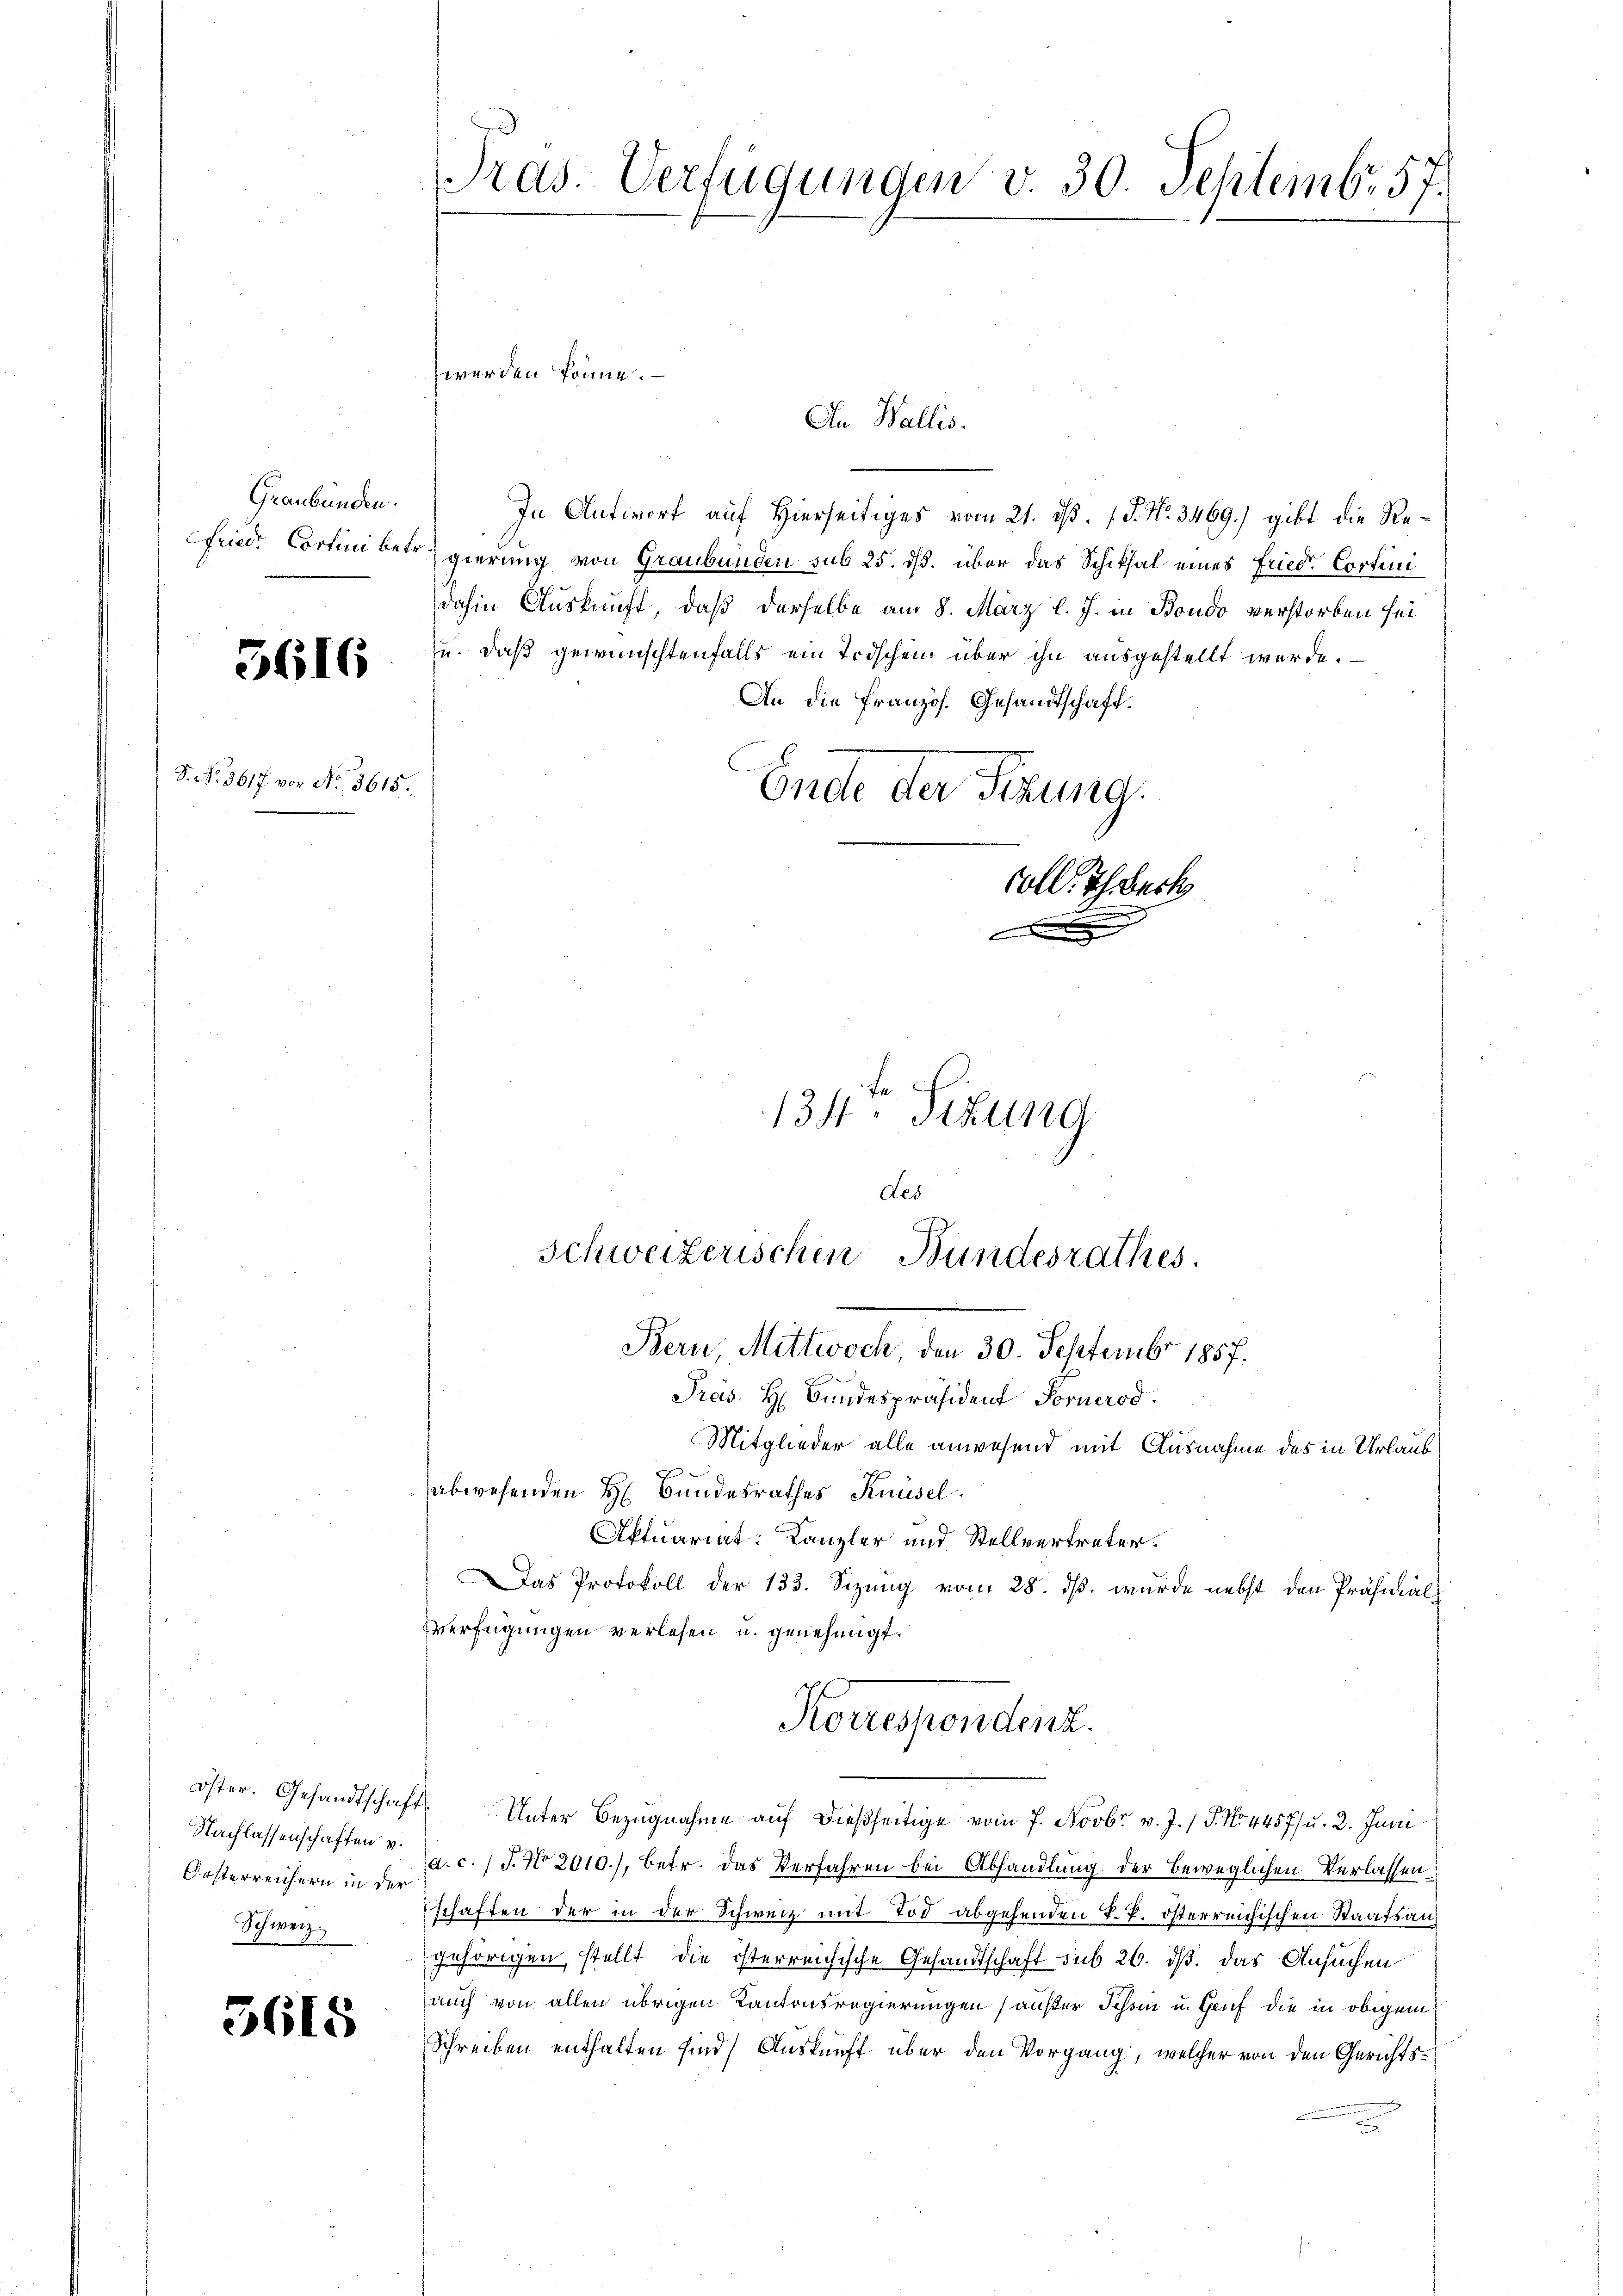
Graubünden.
friede Cartini betr.

5616

P. Nr. 3617. vor No. 3615.

Orsterreichern in der
Schweiz.

5615

Tras. Verfügungen v. 30. Septembr. 57.

werden könne.
An Wallis.
In Antwort auf hierseitiges vom 21. d. J. N. 3469) gibt die Regierung von Graubünden sub 25. ds. über das Schiksal eines Friede Cortini
dahin Auskunft, daß derselbe am 8. März l. J. in Bondo verstorben sei
u. daß gewünschtenfalls ein Todschein über ihn ausgestellt werde.
An die französ. Gesandtschaft.
Ende der Firung.
oll. Ich back

134. Sizung

Pros. H. Bundespräsident Fornerod.
abwesenden H. Bundesrathes Knüsel.
Aktuariat: Kanzler und Stellvertreter.
Das Protokoll der 133. Sizung vom 28. dß. wurde nebst den Präsidial-
Verfügungen verlesen u. genehmigt.
Korrespendenz.
öster. Gesandtschaft. Unter Bezugnahme auf dießseitige vom 7. Novbr. v. J. / 5. No 445 f. u. 2. Juni
Nachlassenschaften v. a. c. 1 S. No 2010), betr. das Verfahren bei Abhandlung der beweglichen Verlassenschaften der in der Schweiz mit Tod abgehenden k. k. österreichischen Staatsangehörigen, stellt die österreichische Gesandtschaft sub 26. dß das Ansuchen
auch von allen übrigen Kantonsregierungen außer Schin u. Genf die in obigem
Schreiben enthalten sind) Auskunft über den Vorgang, welcher von den Gerichts¬

des
Schweizerischen Bundesrathes.
Bern, Mittwoch, den 30. Septembr 1857.

Mitglieder alle anwesend mit Ausnahme des in Urlaub